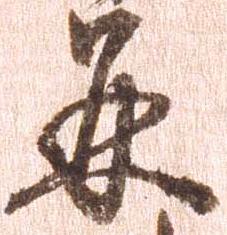
并